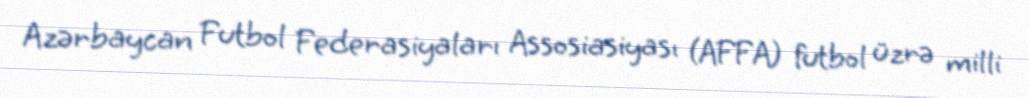
Azərbaycan Futbol Federasiyaları Assosiasiyası (AFFA) futbol üzrə milli